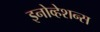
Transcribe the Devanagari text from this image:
इनोव्हेशन्स